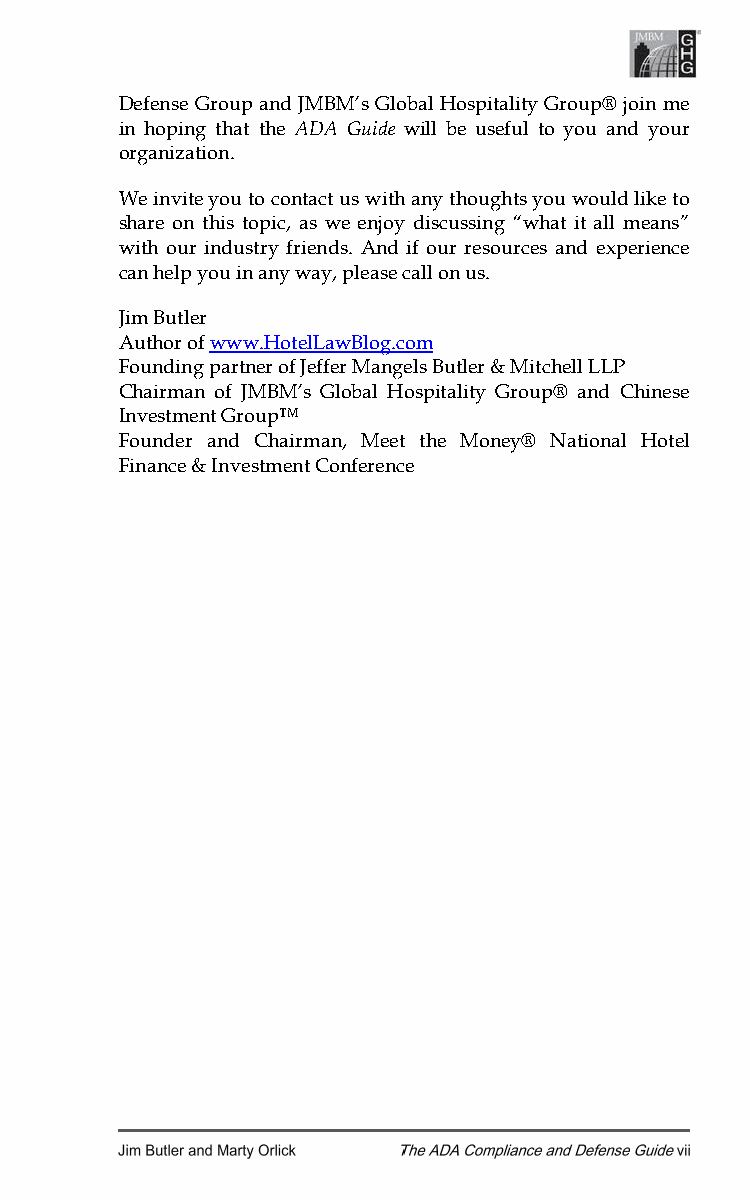
Defense Group and JMBM’s Global Hospitality Group® join me
 in hoping that the ADA Guide will be useful to you and your
 organization.
 We invite you to contact us with any thoughts you would like to
 share on this topic, as we enjoy discussing “what it all means”
 with our industry friends. And if our resources and experience
 can help you in any way, please call on us.
 Jim Butler
 Author of www.HotelLawBlog.com
 Founding partner of Jeffer Mangels Butler & Mitchell LLP
 Chairman of JMBM’s Global Hospitality Group® and Chinese
 Investment Group™
 Founder and Chairman, Meet the Money® National Hotel
 Finance & Investment Conference